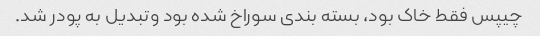
چیپس فقط خاک بود، بسته بندی سوراخ شده بود و‌تبدیل به پودر شد.